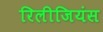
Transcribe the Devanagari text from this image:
रिलीजियंस